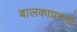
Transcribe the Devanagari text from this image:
बालकाप्रमाणे